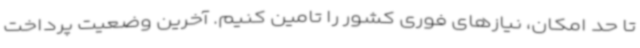
تا حد امکان، نیازهای فوری کشور را تامین کنیم. آخرین وضعیت پرداخت